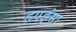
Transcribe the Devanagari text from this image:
हएइंसा